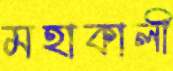
মহাকালী